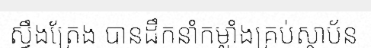
ស្ទឹងត្រែង បានដឹកនាំកម្លាំងគ្រប់ស្ថាប័ន